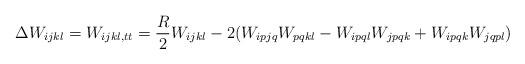
LaTeX: \begin{align*}\Delta W_{ijkl}=W_{ijkl, tt} = \frac{R}{2}W_{ijkl}-2(W_{ipjq}W_{pqkl}-W_{ipql}W_{jpqk}+W_{ipqk}W_{jqpl}) \,\end{align*}